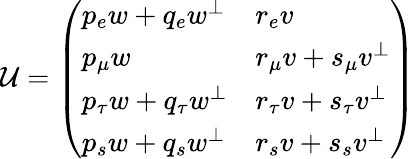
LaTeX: \mathcal{U}=\left(\begin{array}{ll}{{p_{e}w+q_{e}w^{\bot}}}&{{r_{e}v}}\\ {{p_{\mu}w}}&{{r_{\mu}v+s_{\mu}v^{\bot}}}\\ {{p_{\tau}w+q_{\tau}w^{\bot}}}&{{r_{\tau}v+s_{\tau}v^{\bot}}}\\ {{p_{s}w+q_{s}w^{\bot}}}&{{r_{s}v+s_{s}v^{\bot}}}\end{array}\right)